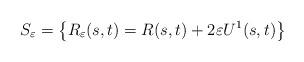
LaTeX: \begin{align*} S_{\varepsilon} = \left\{R_{\varepsilon}(s,t) = R(s,t) + 2 \varepsilon U^{1}(s,t) \right\}\end{align*}